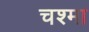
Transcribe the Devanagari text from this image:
चश्‍मा